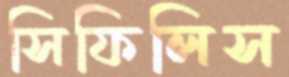
সিফিলিস